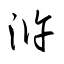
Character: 滸